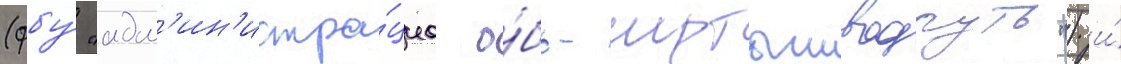
(фбу́ "адм'ин'истра́циа о́бь-иртышводпуть") и́